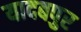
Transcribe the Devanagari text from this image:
यादबपुर